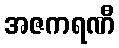
အဇကရဏီ